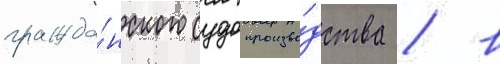
гражда́нского судопроизво́дства / в